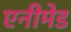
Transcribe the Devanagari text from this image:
एनीमेड